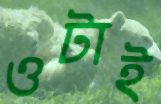
ওটাই